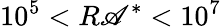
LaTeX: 10^{5}<R\mathscr{A}^{*}<10^{7}